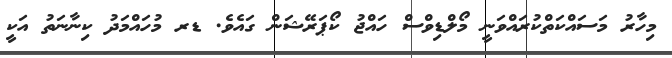
މިހާރު މަސައްކަތްކުރައްވަނީ މޯލްޑިވްސް ހައްޖު ކޯޕަރޭޝަން ގައެވެ. ޑރ މުހައްމަދު ކިނާނަތު އަކީ